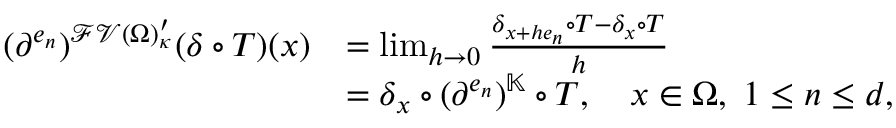
\begin{array} { r l } { ( \partial ^ { e _ { n } } ) ^ { \mathcal { F V } ( \Omega ) _ { \kappa } ^ { \prime } } ( \delta \circ T ) ( x ) } & { = \operatorname* { l i m } _ { h \to 0 } \frac { \delta _ { x + h e _ { n } } \circ T - \delta _ { x } \circ T } { h } } \\ & { = \delta _ { x } \circ ( \partial ^ { e _ { n } } ) ^ { \mathbb { K } } \circ T , \quad x \in \Omega , \; 1 \leq n \leq d , } \end{array}